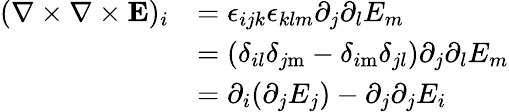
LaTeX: {\begin{array}{rl}{(\nabla\times\nabla\times\mathbf{E})_{i}}&{=\epsilon_{ijk}\epsilon_{klm}\partial_{j}\partial_{l}E_{m}}\\ &{=(\delta_{il}\delta_{j\mathrm{m}}-\delta_{i\mathrm{m}}\delta_{jl})\partial_{j}\partial_{l}E_{m}}\\ &{=\partial_{i}(\partial_{j}E_{j})-\partial_{j}\partial_{j}E_{i}}\end{array}}